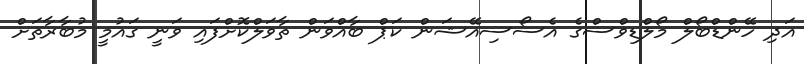
އަދި ހޭންޑްބޯލް މޯލްޑިވްސްގެ އެސޯސިއޭޝަން ކަޕް ބާއްވަން ތާވަލްކޮށްފައި ވަނީ ގައުމީ މުބާރާތަށް